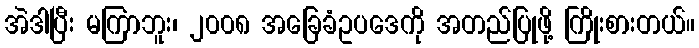
အဲဒါပြီး မကြာဘူး၊ ၂၀၀၈ အခြေခံဥပဒေကို အတည်ပြုဖို့ ကြိုးစားတယ်။